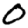
Digit: 0